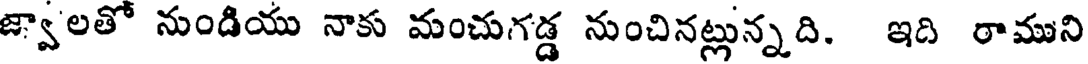
జ్వాలతో నుండియు నాకు మంచుగడ్డ నుంచినట్లున్న ది. ఇది రాముని